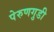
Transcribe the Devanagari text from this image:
पेरुणगुडी